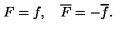
F = f , \quad \overline { F } = - \overline { f } .